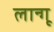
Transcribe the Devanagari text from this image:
लान्गू